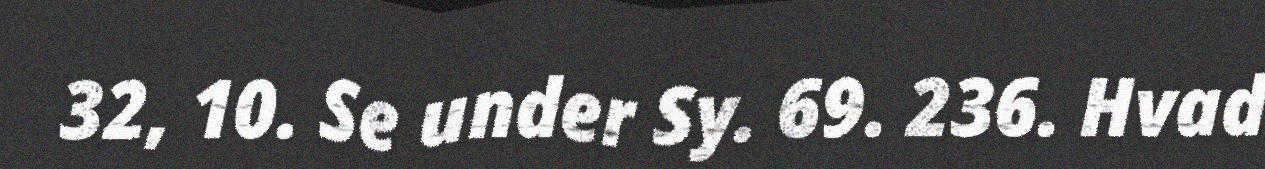
32, 10. Se under Sy. 69. 236. Hvad